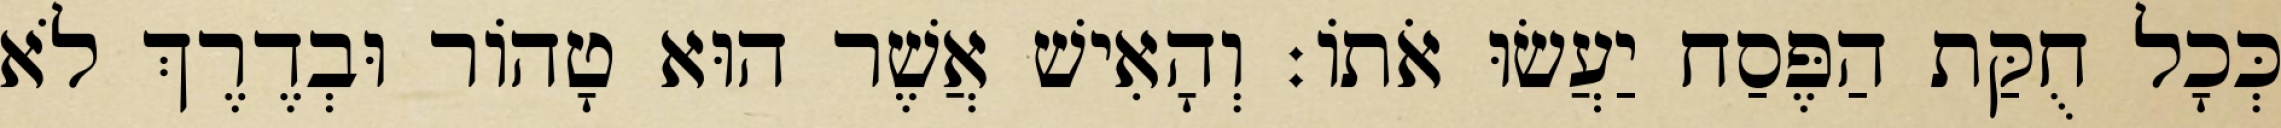
כְּכָל חֻקַּת הַפֶּסַח יַעֲשׂוּ אֹתוֹ׃ וְהָאִישׁ אֲשֶׁר הוּא טָהוֹר וּבְדֶרֶךְ לֹא